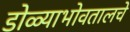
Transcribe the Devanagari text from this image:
डोळ्याभोवतालचे